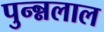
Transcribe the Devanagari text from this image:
पुन्न्नलाल